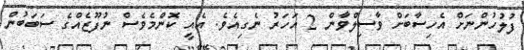
ފުލުހުންނަށް އެހިސާބަށް ވާސިލްވާން 2 އަހަރު ނެގިއެވެ. އެއީ ކޮންމެވެސް ނުފޫޒެއްގެ ސަބަބުން